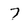
Character: 7